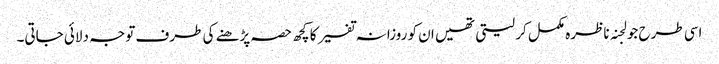
اسی طرح جو لجنہ ناظرہ مکمل کر لیتی تھیں ان کو روزانہ تفسیر کا کچھ حصہ پڑھنے کی طرف توجہ دلائی جاتی۔